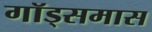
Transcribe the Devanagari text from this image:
गॉड्समास